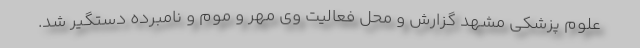
علوم پزشکی مشهد گزارش و محل فعالیت وی مهر و موم و نامبرده دستگیر شد.